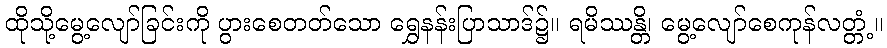
ထိုသို့မွေ့လျော်ခြင်းကို ပွားစေတတ်သော ရွှေနန်းပြာသာဒ်၌။ ရမိဿန္တိ၊ မွေ့လျော်စေကုန်လတ္တံ့။